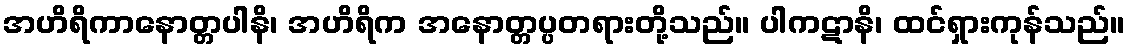
အဟိရိကာနောတ္တပါနိ၊ အဟိရိက အနောတ္တပ္ပတရားတို့သည်။ ပါကဋာနိ၊ ထင်ရှားကုန်သည်။